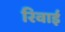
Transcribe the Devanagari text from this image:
रिवाई